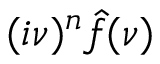
( i \nu ) ^ { n } { \hat { f } } ( \nu )